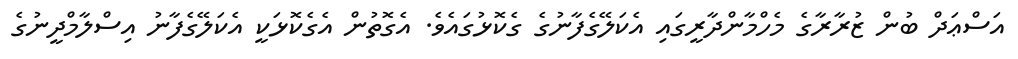
އަސްޢަދް ބުން ޒުރާރާގެ މެހްމާންދާރީގައި އެކަލޭގެފާނުގެ ގެކޮޅުގައެވެ. އެގޮތުން އެގެކޮޅަކީ އެކަލޭގެފާނު އިސްލާމްދީނުގެ